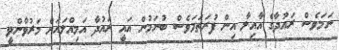
ނަމަވެސް ރައުދާގެ އާއިލާ އިން ފުރަތަމަވެސް ބުނަމުން އައީ ރައުދާ އަމިއްލައަށް މަރުވާންވީ